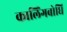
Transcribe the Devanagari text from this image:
कालिंगबोधि